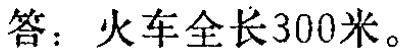
答：火车全长300米。